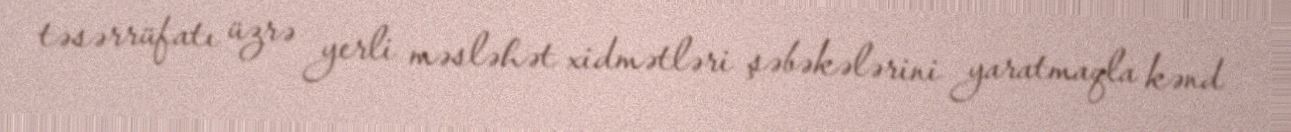
təsərrüfatı üzrə yerli məsləhət xidmətləri şəbəkələrini yaratmaqla kənd